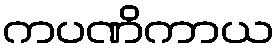
ကပဏိကာယ